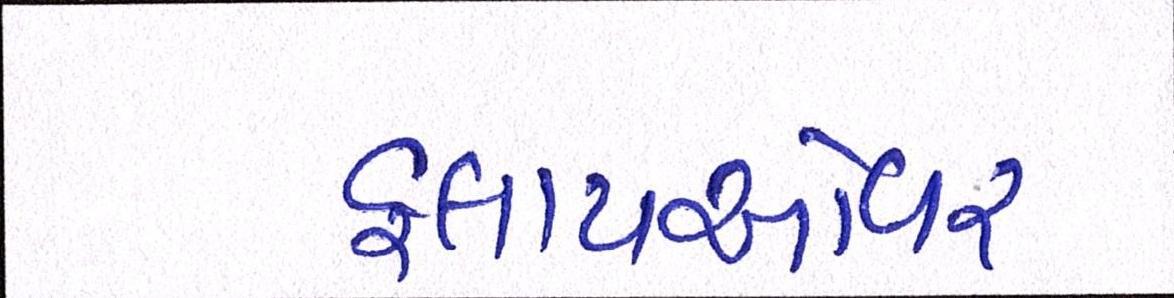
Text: ફ્લાયઓવર